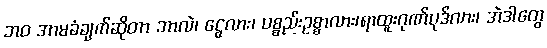
ဘဝ အာမခံချက်ဆိုတာ ဘာလဲ၊ ငွေလား၊ ပစ္စည်းဥစ္စာလား၊ရာထူးဂုဏ်ပုဒ်လား၊ အဲဒါတွေ